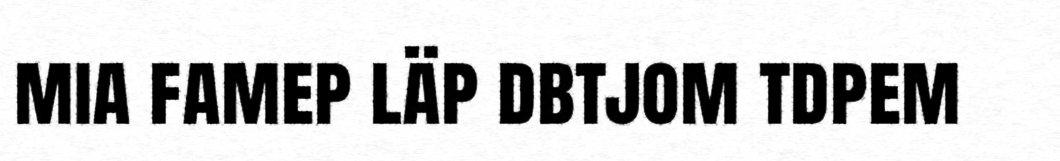
mia famep läp dbtjom tdpem